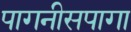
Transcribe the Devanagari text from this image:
पागनीसपागा